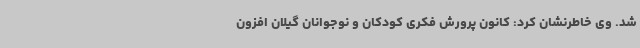
شد. وی خاطرنشان کرد: کانون پرورش فکری کودکان و نوجوانان گیلان افزون